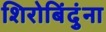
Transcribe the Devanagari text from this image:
शिरोबिंदुंना